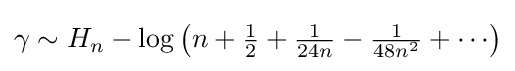
{\textstyle \gamma \sim H_{n}-\log \left({n+{\frac {1}{2}}+{\frac {1}{24n}}-{\frac {1}{48n^{2}}}+\cdots }\right)}